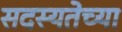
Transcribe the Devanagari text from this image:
सदस्यतेच्या